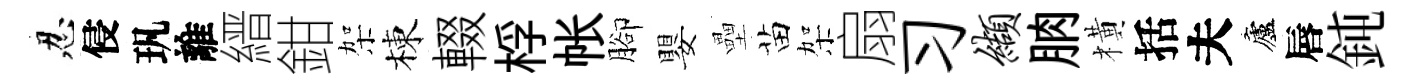
忍侵㺬離縉鉗架棟輟桴帐腳嬰壘苗架扇习缬朒橫括夫廬唇鈍